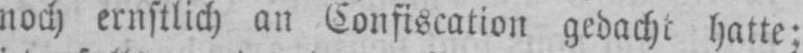
noch ernstlich an Confiscation gedacht hatte;